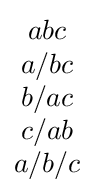
{\begin{matrix}abc\\a/bc\\b/ac\\c/ab\\a/b/c\end{matrix}}